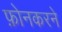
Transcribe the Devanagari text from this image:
फ़ोनकरने